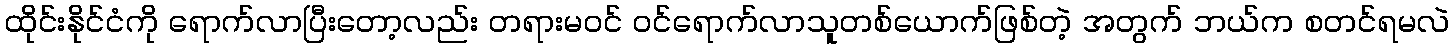
ထိုင်းနိုင်ငံကို ရောက်လာပြီးတော့လည်း တရားမဝင် ဝင်ရောက်လာသူတစ်ယောက်ဖြစ်တဲ့ အတွက် ဘယ်က စတင်ရမလဲ